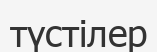
түстілер